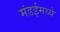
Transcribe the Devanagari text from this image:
मंडईमध्ये